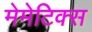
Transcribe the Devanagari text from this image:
मेमेटिक्स